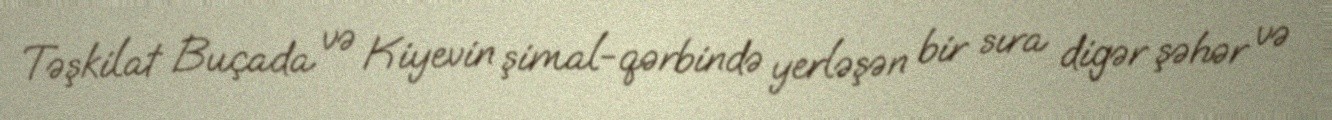
Təşkilat Buçada və Kiyevin şimal-qərbində yerləşən bir sıra digər şəhər və